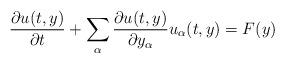
LaTeX: \begin{align*}\frac{\partial u(t,y)}{\partial t}+\sum_{\alpha}\frac{\partial u(t,y)}{\partial y_{\alpha}}u_{\alpha}(t,y)=F(y)\end{align*}